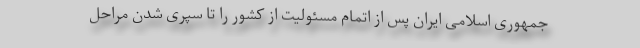
جمهوری اسلامی ایران پس از اتمام مسئولیت از کشور را تا سپری شدن مراحل